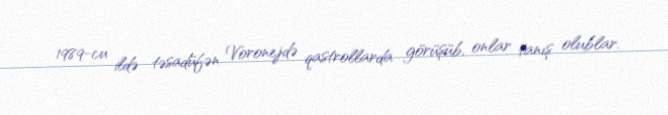
1989-cu ildə təsadüfən Voronejdə qastrollarda görüşüb, onlar tanış olublar.